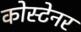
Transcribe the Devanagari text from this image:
कोस्टेनर